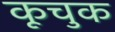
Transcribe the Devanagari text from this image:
कूचुक